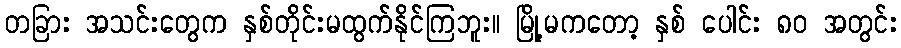
တခြား အသင်းတွေက နှစ်တိုင်းမထွက်နိုင်ကြဘူး။ မြို့မကတော့ နှစ် ပေါင်း ၈၀ အတွင်း